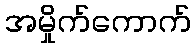
အမှိုက်ကောက်